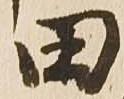
田